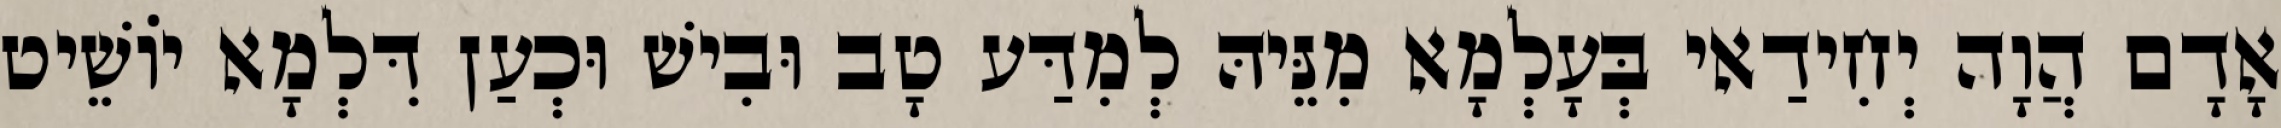
אָדָם הֲוָה יְחִידַאי בְּעָלְמָא מִנֵּיהּ לְמִדַּע טָב וּבִישׁ וּכְעַן דִּלְמָא יוֹשֵׁיט